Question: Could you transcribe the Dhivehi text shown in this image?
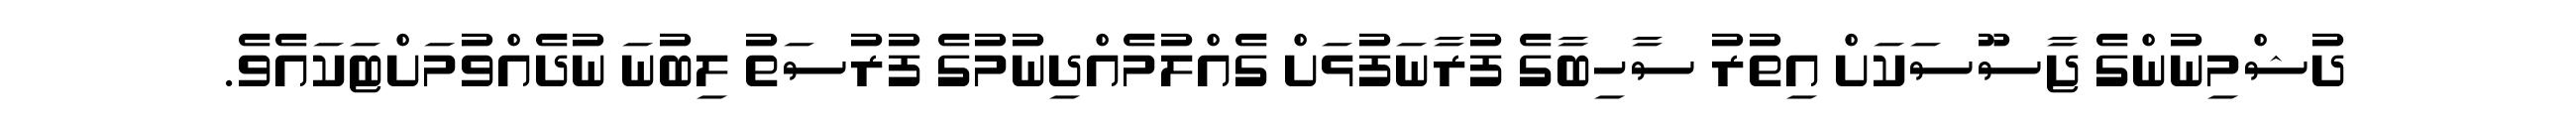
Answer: ދުޝްމިނުންގެ ޖާސޫސަކަށް އިތުރު ސާހިބާގެ ފުރާނަފުޅަށް ގެއްލުމެއްދިނުމުގެ ފުރުސަތު ލިބުނަ ނުދެއްވުމަށްޓަކައެވެ.